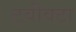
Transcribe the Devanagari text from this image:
टवीवटा